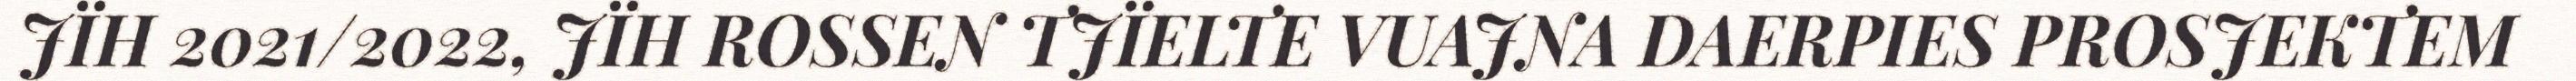
JÏH 2021/2022, JÏH ROSSEN TJÏELTE VUAJNA DAERPIES PROSJEKTEM